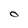
Character: O